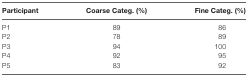
<table><thead><tr><td><b>Participant</b></td><td><b>Coarse Categ. (%)</b></td><td><b>Fine Categ. (%)</b></td></tr></thead><tbody><tr><td>P1</td><td>89</td><td>86</td></tr><tr><td>P2</td><td>78</td><td>89</td></tr><tr><td>P3</td><td>94</td><td>100</td></tr><tr><td>P4</td><td>92</td><td>95</td></tr><tr><td>P5</td><td>83</td><td>92</td></tr></tbody></table>